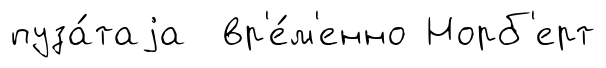
пуза́таjа вр'е́м'енно Норб'ерт